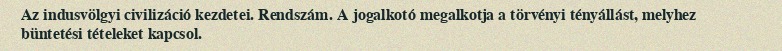
Az indusvölgyi civilizáció kezdetei. Rendszám. A jogalkotó megalkotja a törvényi tényállást, melyhez büntetési tételeket kapcsol.